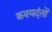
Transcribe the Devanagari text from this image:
क्रवयदंतों